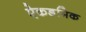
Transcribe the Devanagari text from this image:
ऐकडमिक